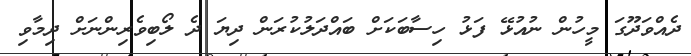
ދެއްވަދޫގަ މީހުން ނުއުޅޭ ފަޅު ހިސާބަކަށް ބައްދަލުކުރަން ދިޔަ ދެ ލޯބިވެރިންނަށް ދިމާވި